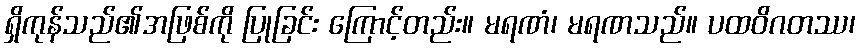
ရှိကုန်သည်၏အဖြစ်ကို ပြုခြင်း ကြောင့်တည်း။ မရဏံ၊ မရဏသည်။ ပထဝိဂတဿ၊